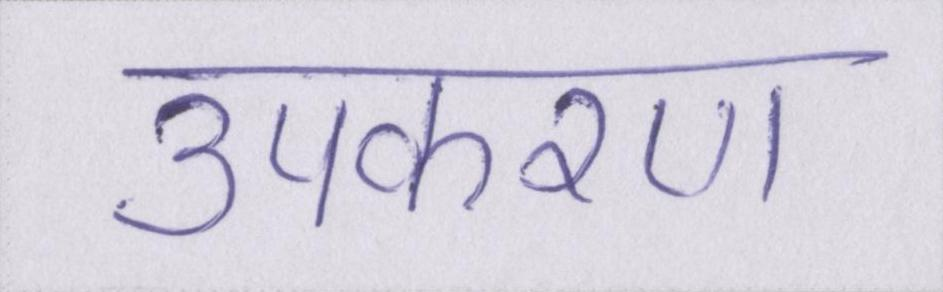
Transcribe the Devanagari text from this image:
उपकरण